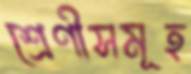
শ্রেণীসমূহ